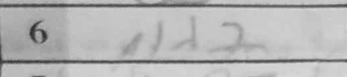
Transcription: Nd2